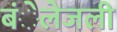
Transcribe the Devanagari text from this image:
बंेलेजली